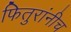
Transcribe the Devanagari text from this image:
फितुरांनीच